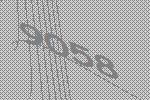
9058